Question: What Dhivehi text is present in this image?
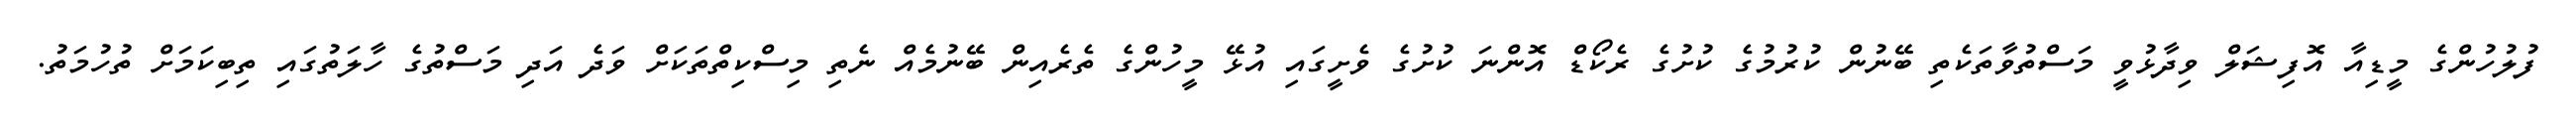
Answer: ފުލުހުންގެ މީޑިއާ އޮފިޝަލް ވިދާޅުވީ މަސްތުވާތަކެތި ބޭނުން ކުރުމުގެ ކުށުގެ ރެކޯޑް އޮންނަ ކުށުގެ ވެށީގައި އުޅޭ މީހުންގެ ތެރެއިން ބޭނުމެއް ނެތި މިސްކިތްތަކަށް ވަދެ އަދި މަސްތުގެ ހާލަތުގައި ތިބިކަމަށް ތުހުމަތު.